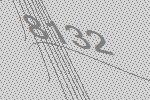
8132